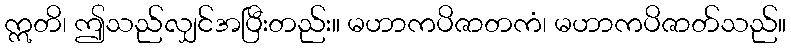
ဣတိ၊ ဤသည်လျှင်အပြီးတည်း။ မဟာကပိဇာတကံ၊ မဟာကပိဇာတ်သည်။